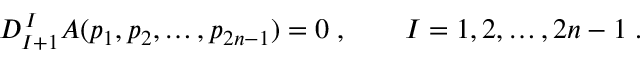
D _ { I + 1 } ^ { \, I } A ( p _ { 1 } , p _ { 2 } , \ldots , p _ { 2 n - 1 } ) = 0 \; , \qquad I = 1 , 2 , \ldots , 2 n - 1 \; .